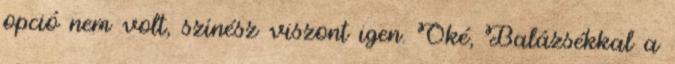
opció nem volt, színész viszont igen. Oké, Balázsékkal a